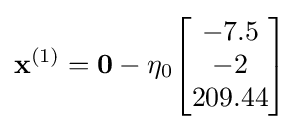
\mathbf {x} ^{(1)}=\mathbf {0} -\eta _{0}{\begin{bmatrix}-7.5\\-2\\209.44\end{bmatrix}}